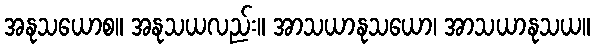
အနုသယောစ။ အနုသယလည်း။ အာသယာနုသယော၊ အာသယာနုသယ။